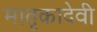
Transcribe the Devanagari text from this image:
मातृकादेवी